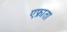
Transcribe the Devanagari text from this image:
एफ्राता